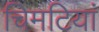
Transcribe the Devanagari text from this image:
चिमटियां